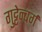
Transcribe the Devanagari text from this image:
गुट्टेन्बर्ग